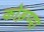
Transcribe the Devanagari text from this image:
कोड़प्पा